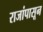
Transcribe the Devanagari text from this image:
राजांपासून